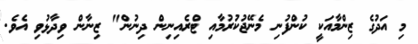
މި އަދުގެ ޒިންމާއަކީ ކުންފުނި މެނޭޖުކުރުމާއި ޓްރެއިނިން ދިނުން" ޒިނާން ވިދާޅުވި އެވެ.